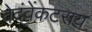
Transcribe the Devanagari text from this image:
वेदंवेंकटराय